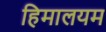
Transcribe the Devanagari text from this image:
हिमालयम